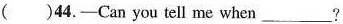
()44.-Can you tell me when___?